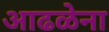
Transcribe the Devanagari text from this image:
आढळेना